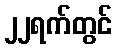
၂၂ရက်တွင်